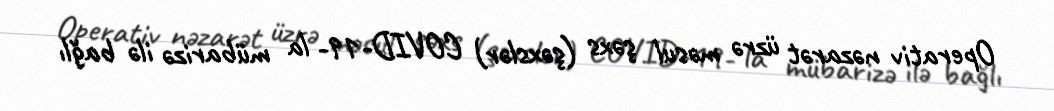
Operativ nəzarət üzrə məsul şəxs (şəxslər) COVID-19- la mübarizə ilə bağlı